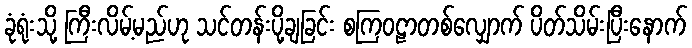
ခုံရုံးသို့ ကြီးလိမ့်မည်ဟု သင်တန်းပို့ချခြင်း စကြဝဠာတစ်လျှောက် ပိတ်သိမ်းပြီးနောက်